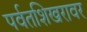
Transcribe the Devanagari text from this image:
पर्वतशिखरावर